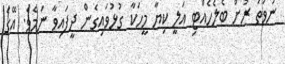
ނުވަތަ ރުށް ބެލެހެއްޓި އަލީ ކިޔާ މީހަކާ ގުޅުވައިގެން ދީފައިވާ ނަމެވެ. އޭގެ